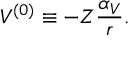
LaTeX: V ^ { ( 0 ) } \equiv - Z { \frac { \alpha _ { V } } { r } } .